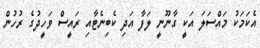
އެކަމަކު މައްސަލަ އަކީ ގާނޫނީ ލަފާ އަދި ކެބިނެޓާއި ރައީސް ވަހީދުގެ ރުހުން